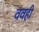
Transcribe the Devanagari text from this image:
ववही